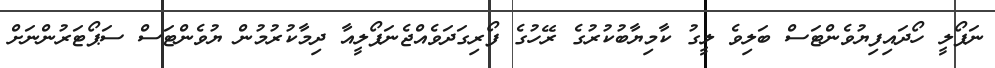
ނަޕޯލީ ހޯދައިފިޔުވެންޓަސް ބަލިވެ ލީގު ކާމިޔާބުކުރުގެ ރޭހުގެ ފޯރިގަދަވެއްޖެނަޕޯލީއާ ދިމާކުރުމުން ޔުވެންޓަސް ސަޕޯޓަރުންނަށް